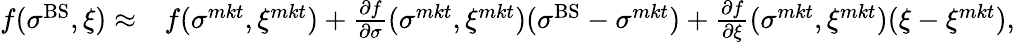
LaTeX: \begin{array}{rl}{f(\sigma^{\textrm{BS}},\xi)\approx}&{f(\sigma^{mkt},\xi^{mkt})+\frac{\partial f}{\partial\sigma}(\sigma^{mkt},\xi^{mkt})(\sigma^{\textrm{BS}}-\sigma^{mkt})+\frac{\partial f}{\partial\xi}(\sigma^{mkt},\xi^{mkt})(\xi-\xi^{mkt}),}\end{array}